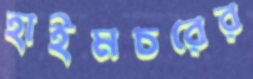
হাইমচরের